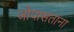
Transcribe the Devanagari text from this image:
जोपासताना